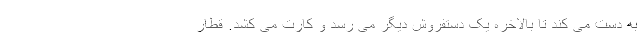
به دست می کند تا بالاخره یک دستفروش دیگر می رسد و کارت می کشد. قطار